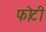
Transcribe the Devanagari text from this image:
फोटी